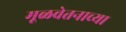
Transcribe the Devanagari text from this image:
मूळवेतनाच्या